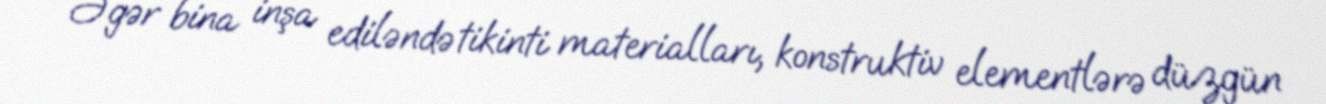
Əgər bina inşa ediləndə tikinti materialları, konstruktiv elementlərə düzgün